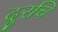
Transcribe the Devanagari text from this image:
दूरचि